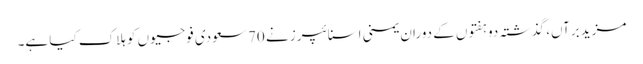
مزید برآں، گذشتہ دو ہفتوں کے دوران یمنی اسنائپرز نے 70 سعودی فوجیوں کو ہلاک کیا ہے۔